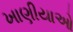
ખાણીયાઓ